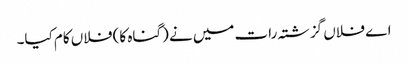
اے فلاں گزشتہ رات میں نے (گناہ کا) فلاں کام کیا۔